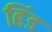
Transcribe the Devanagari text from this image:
हिंड